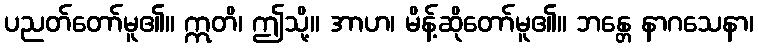
ပညတ်တော်မူ၏။ ဣတိ၊ ဤသို့။ အာဟ၊ မိန့်ဆိုတော်မူ၏။ ဘန္တေ နာဂသေနာ၊